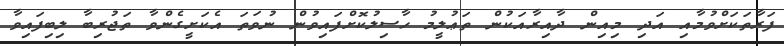
ފަރާތަކަށްވުމާއި އަދި މިއިން ދާއިރާއަކުން ތަޢުލީމު ހާސިލުކޮށްފައިވުން ނުވަތަ އެކަށީގެންވާ ތަޖުރިބާ ލިބިފައިވާ